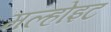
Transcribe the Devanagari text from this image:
मल्होइट